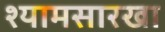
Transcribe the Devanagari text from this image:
श्यामसारखा